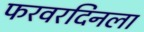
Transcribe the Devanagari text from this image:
फरवरदिनला